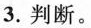
3.判断。